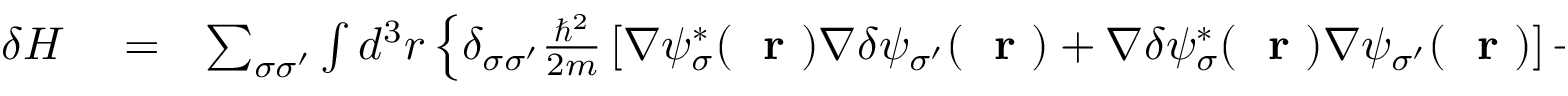
\begin{array} { r l r } { \delta H } & { { } = } & { \sum _ { \sigma \sigma ^ { \prime } } \int d ^ { 3 } r \left\{ \delta _ { \sigma \sigma ^ { \prime } } \frac { \hbar ^ { 2 } } { 2 m } \left[ \nabla \psi _ { \sigma } ^ { * } ( \mathrm { ~ \bf ~ r ~ } ) \nabla \delta \psi _ { \sigma ^ { \prime } } ( \mathrm { ~ \bf ~ r ~ } ) + \nabla \delta \psi _ { \sigma } ^ { * } ( \mathrm { ~ \bf ~ r ~ } ) \nabla \psi _ { \sigma ^ { \prime } } ( \mathrm { ~ \bf ~ r ~ } ) \right] + \right. } \end{array}